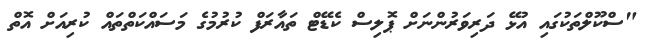
"ސްކޫލްތަކުގައި އުޅޭ ދަރިވަރުންނަށް ޕޮލިސް ކެޑޭޓް ތައާރަފް ކުރުމުގެ މަސައްކަތްތައް ކުރިއަށް އޮތް